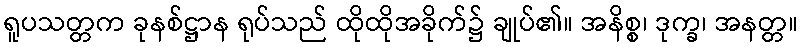
ရူပသတ္တက ခုနစ်ဋ္ဌာန ရုပ်သည် ထိုထိုအခိုက်၌ ချုပ်၏။ အနိစ္စ၊ ဒုက္ခ၊ အနတ္တ။